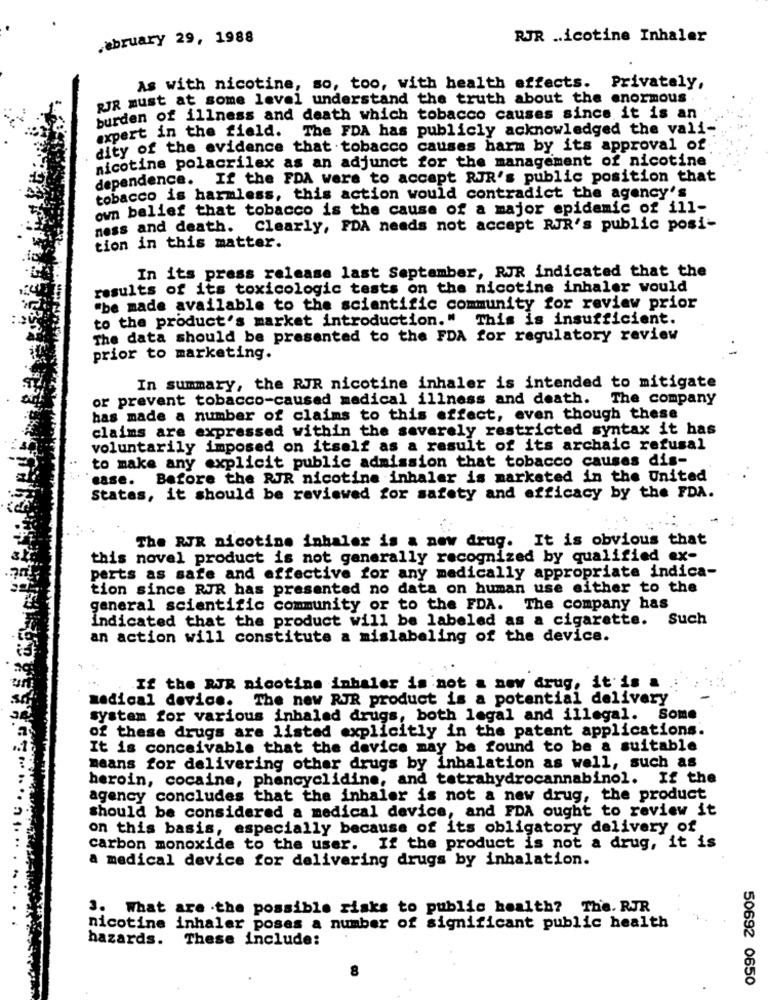
February 29, 1988
RJR .. icotine Inhaler
As with nicotine, so, too, with health effects. Privately,
RIR must at some level understand the truth about the enormous.
burden of illness and death which tobacco causes since it is an
expert in the field. The FDA has publicly acknowledged the vali-
dity of the evidence that tobacco causes harm by its approval of
nicotine polacrilex as an adjunct for the management of nicotine
dependence. If the FDA were to accept RJR's public position that
tobacco is harmless, this action would contradict the agency's
own belief that tobacco is the cause of a major epidemic of ill-
ness and death. Clearly, FDA needs not accept RJR's public posi-
tion in this matter.
In its press release last September, RJR indicated that the
results of its toxicologic tests on the nicotine inhaler would
"be made available to the scientific community for review prior
to the product's market introduction."
This is insufficient.
The data should be presented to the FDA for regulatory review
prior to marketing.
In summary, the RJR nicotine inhaler is intended to mitigate
or prevent tobacco-caused medical illness and death. The company
has made a number of claims to this effect, even though these
claims are expressed within the severely restricted syntax it has
voluntarily imposed on itself as a result of its archaic refusal
to make any explicit public admission that tobacco causes dis-
case. Before the RJR nicotine inhaler is marketed in the United
States, it should be reviewed for safety and efficacy by the FDA.
The RJR nicotine inhaler is a new drug. It is obvious that
this novel product is not generally recognized by qualified ex-
perts as safe and effective for any medically appropriate indica-
tion since RJR has presented no data on human use either to the
general scientific community or to the FDA. The company has
indicated that the product will be labeled as a cigarette. Such
an action will constitute a mislabeling of the device.
If the RJR nicotine inhaler is not a new drug, it is a
medical device. The new RJR product is a potential delivery
system for various inhaled drugs, both legal and illegal. Some
of these drugs are listed explicitly in the patent applications.
It is conceivable that the device may be found to be a suitable
means for delivering other drugs by inhalation as well, such as
heroin, cocaine, phencyclidine, and tetrahydrocannabinol. If the
agency concludes that the inhaler is not a new drug, the product
should be considered a medical device, and FDA ought to review it
on this basis, especially because of its obligatory delivery of
carbon monoxide to the user. If the product is not a drug, it is
a medical device for delivering drugs by inhalation.
3. What are the possible risks to public health? The. RJR
nicotine inhaler poses a number of significant public health
hazards. These include:
CO
50692 0650